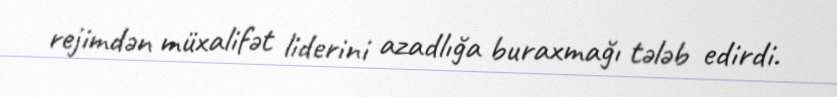
rejimdən müxalifət liderini azadlığa buraxmağı tələb edirdi.